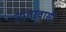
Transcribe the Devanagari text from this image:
त्यंतरवासी